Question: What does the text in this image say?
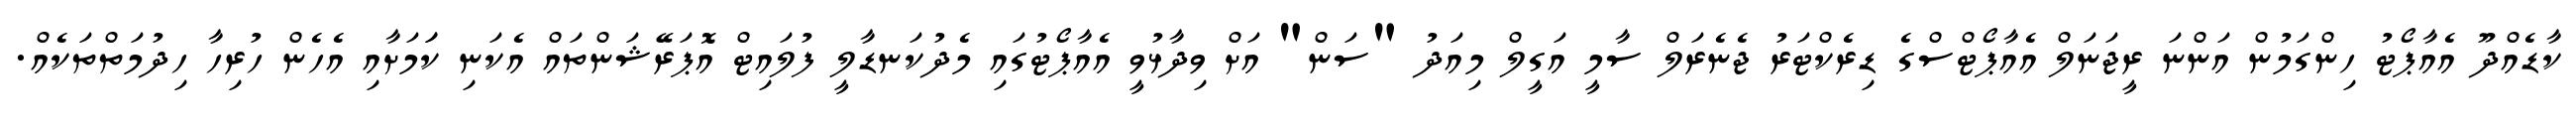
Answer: ކާޑެއްދޫ އެއާޕޯޓު ހިންގަމުން އަންނަ ރީޖަނަލް އެއާޕޯޓްސްގެ ޑިރެކްޓަރު ޖެނެރަލް ސާމީ އަގީލް މިއަދު "ސަން" އަށް ވިދާޅުވީ އެއާޕޯޓުގައި މެދުކަނޑާލީ ފުލައިޓް އޮޕަރޭޝަންތައް އެކަނި ކަަމަށާއި އެހެން ހުރިހާ ހިދުމަތްތަކެއް.